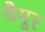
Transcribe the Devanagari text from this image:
चैमूर